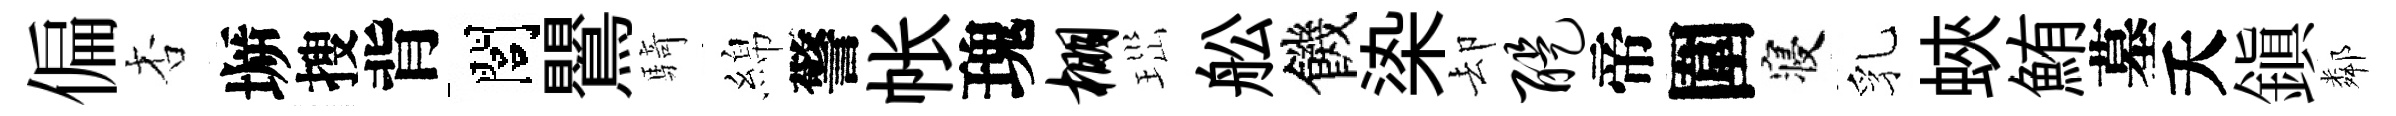
偏杏󶱲搜背閭鸎騎綿警帐瑰棚𤤼舩饑𣑱却醍帝圍寝乳蛺鮪墓夭鎭鄰